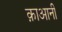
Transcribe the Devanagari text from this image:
क़ाआनी